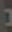
د